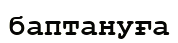
баптануға